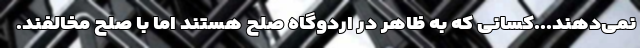
نمی‌دهند...کسانی که به ظاهر در اردوگاه صلح هستند اما با صلح مخالفند.